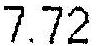
7.72